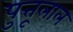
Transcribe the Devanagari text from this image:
पुत्तूलाल